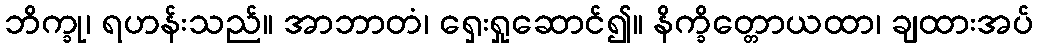
ဘိက္ခု၊ ရဟန်းသည်။ အာဘာတံ၊ ရှေးရှုဆောင်၍။ နိက္ခိတ္တောယထာ၊ ချထားအပ်